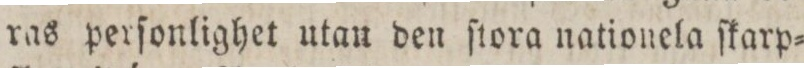
ras perſonlighet utan den ſtora nationela ſkarp=